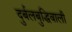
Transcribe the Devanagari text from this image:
दुर्बलबुद्धिवाली